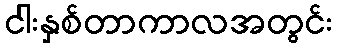
ငါးနှစ်တာကာလအတွင်း